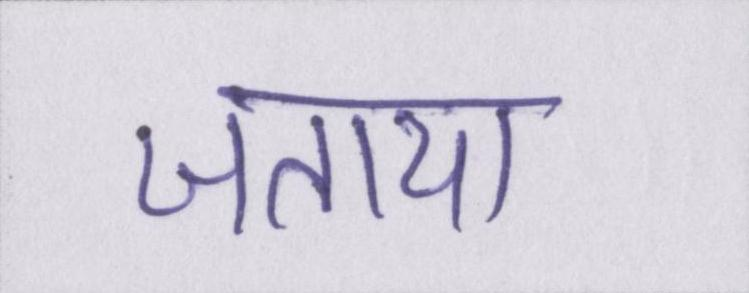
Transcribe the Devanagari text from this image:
जताया